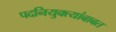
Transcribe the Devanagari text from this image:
पदनियुक्त्यांबाबत